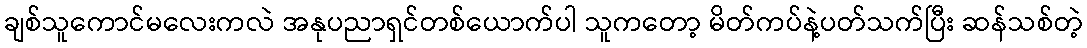
ချစ်သူကောင်မလေးကလဲ အနုပညာရှင်တစ်ယောက်ပါ သူကတော့ မိတ်ကပ်နဲ့ပတ်သက်ပြီး ဆန်သစ်တဲ့